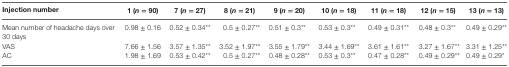
<table><thead><tr><td><b>Injection number</b></td><td><b>1 (<i>n</i> = 90)</b></td><td><b>7 (<i>n</i> = 27)</b></td><td><b>8 (<i>n</i> = 21)</b></td><td><b>9 (<i>n</i> = 20)</b></td><td><b>10 (<i>n</i> = 18)</b></td><td><b>11 (<i>n</i> = 18)</b></td><td><b>12 (<i>n</i> = 15)</b></td><td><b>13 (<i>n</i> = 13)</b></td></tr></thead><tbody><tr><td>Mean number of headache days over 30 days</td><td>0.98 ± 0.16</td><td>0.52 ± 0.34**</td><td>0.5 ± 0.27**</td><td>0.51 ± 0.3**</td><td>0.53 ± 0.3**</td><td>0.49 ± 0.31**</td><td>0.48 ± 0.3**</td><td>0.49 ± 0.29**</td></tr><tr><td>VAS</td><td>7.66 ± 1.56</td><td>3.57 ± 1.35**</td><td>3.52 ± 1.97**</td><td>3.55 ± 1.79**</td><td>3.44 ± 1.69**</td><td>3.61 ± 1.61**</td><td>3.27 ± 1.67**</td><td>3.31 ± 1.25**</td></tr><tr><td>AC</td><td>1.98 ± 1.69</td><td>0.53 ± 0.42**</td><td>0.5 ± 0.27**</td><td>0.48 ± 0.28**</td><td>0.53 ± 0.3**</td><td>0.47 ± 0.28**</td><td>0.49 ± 0.29**</td><td>0.49 ± 0.29*</td></tr></tbody></table>